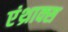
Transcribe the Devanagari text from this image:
एंथ्राक्स